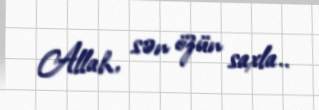
Allah, sən özün saxla..